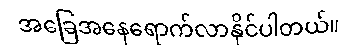
အခြေအနေရောက်လာနိုင်ပါတယ်။